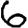
Digit: 6